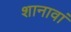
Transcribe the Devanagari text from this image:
शानावां